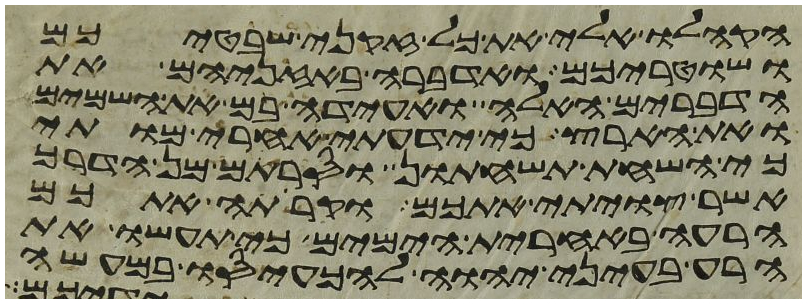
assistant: הקהלו אלי את כל זקני שבטיכם
ושטריכם ואדברה באזניהם את
הדברים האלה ואעידה בם את השמים
ואת הארץ כי ידעתי אחרי מותי
כי השחת תשחתון וסרתם מן הדרך
אשר צויתי אתכם וקרתה אתכם
הרעה באחרית הימים כי תעשו את
הרע בעיני יהוה להכעיסו במעשה